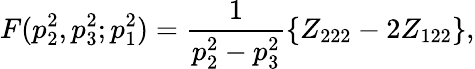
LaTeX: F(p_{2}^{2},p_{3}^{2};p_{1}^{2})=\frac{1}{p_{2}^{2}-p_{3}^{2}}\left\{ Z_{222}-2Z_{122}\right\} ,